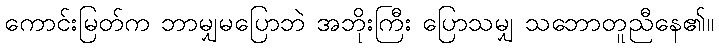
ကောင်းမြတ်က ဘာမျှမပြောဘဲ အဘိုးကြီး ပြောသမျှ သဘောတူညီနေ၏။